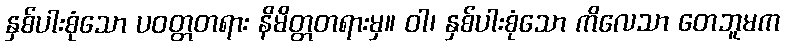
နှစ်ပါးစုံသော ပဝတ္တတရား နိမိတ္တတရားမှ။ ဝါ၊ နှစ်ပါးစုံသော ကိလေသာ တေဘူမက